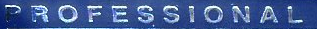
PROFESSIONAL